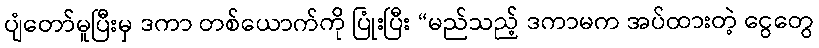
ပျံတော်မူပြီးမှ ဒကာ တစ်ယောက်ကို ပြုံးပြီး “မည်သည့် ဒကာမက အပ်ထားတဲ့ ငွေတွေ